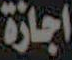
اجازة